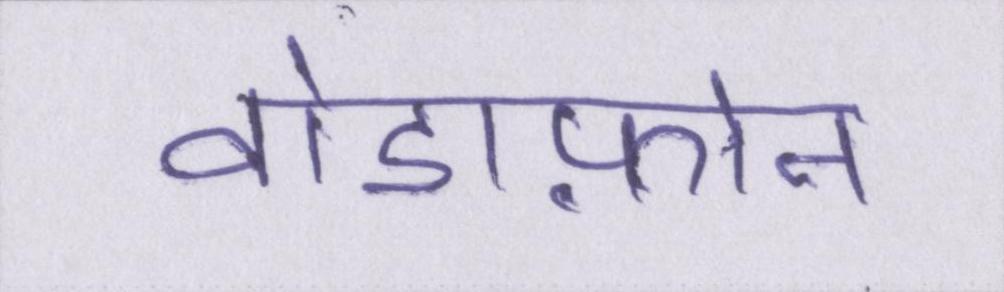
वोडाफ़ोन